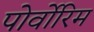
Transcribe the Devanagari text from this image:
पोर्वोरिम